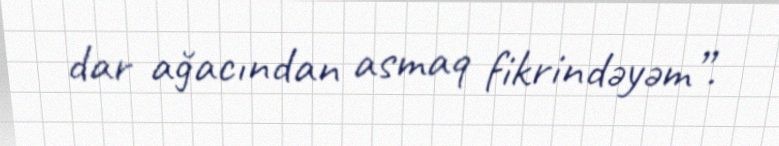
dar ağacından asmaq fikrindəyəm”.